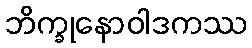
ဘိက္ခုနောဝါဒကဿ